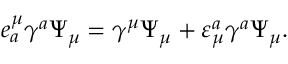
e _ { a } ^ { \mu } \gamma ^ { a } \Psi _ { \mu } = \gamma ^ { \mu } \Psi _ { \mu } + \varepsilon _ { \mu } ^ { a } \gamma ^ { a } \Psi _ { \mu } .